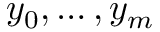
y _ { 0 } , \ldots , y _ { m } \,